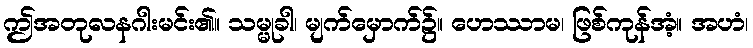
ဤအတုလနဂါးမင်း၏။ သမ္မုခါ၊ မျက်မှောက်၌။ ဟေဿာမ၊ ဖြစ်ကုန်အံ့။ အဟံ၊